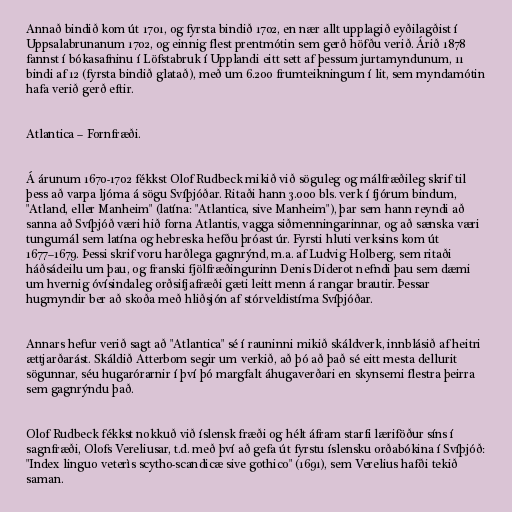
Annað bindið kom út 1701, og fyrsta bindið 1702, en nær allt upplagið eyðilagðist í
Uppsalabrunanum 1702, og einnig flest prentmótin sem gerð höfðu verið. Árið 1878
fannst í bókasafninu í Löfstabruk í Upplandi eitt sett af þessum jurtamyndunum, 11
bindi af 12 (fyrsta bindið glatað), með um 6.200 frumteikningum í lit, sem myndamótin
hafa verið gerð eftir.

Atlantica – Fornfræði.

Á árunum 1670-1702 fékkst Olof Rudbeck mikið við söguleg og málfræðileg skrif til
þess að varpa ljóma á sögu Svíþjóðar. Ritaði hann 3.000 bls. verk í fjórum bindum,
"Atland, eller Manheim" (latína: "Atlantica, sive Manheim"), þar sem hann reyndi að
sanna að Svíþjóð væri hið forna Atlantis, vagga siðmenningarinnar, og að sænska væri
tungumál sem latína og hebreska hefðu þróast úr. Fyrsti hluti verksins kom út
1677–1679. Þessi skrif voru harðlega gagnrýnd, m.a. af Ludvig Holberg, sem ritaði
háðsádeilu um þau, og franski fjölfræðingurinn Denis Diderot nefndi þau sem dæmi
um hvernig óvísindaleg orðsifjafræði gæti leitt menn á rangar brautir. Þessar
hugmyndir ber að skoða með hliðsjón af stórveldistíma Svíþjóðar.

Annars hefur verið sagt að "Atlantica" sé í rauninni mikið skáldverk, innblásið af heitri
ættjarðarást. Skáldið Atterbom segir um verkið, að þó að það sé eitt mesta dellurit
sögunnar, séu hugarórarnir í því þó margfalt áhugaverðari en skynsemi flestra þeirra
sem gagnrýndu það.

Olof Rudbeck fékkst nokkuð við íslensk fræði og hélt áfram starfi læriföður síns í
sagnfræði, Olofs Vereliusar, t.d. með því að gefa út fyrstu íslensku orðabókina í Svíþjóð:
"Index linguo veterìs scytho-scandicæ sive gothico" (1691), sem Verelius hafði tekið
saman.